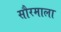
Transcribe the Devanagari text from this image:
सौरमाला